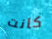
كانت